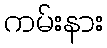
ကမ်းနား